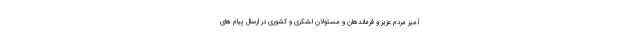
آمیز مردم عزیز و فرماندهان و مسئولان لشکری و کشوری در ارسال پیام های